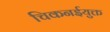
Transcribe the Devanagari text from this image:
चिकनईयुक्त